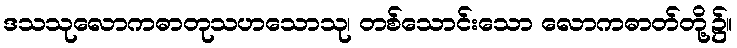
ဒသသုလောကဓာတုသဟသောသု၊ တစ်သောင်းသော လောကဓာတ်တို့၌။